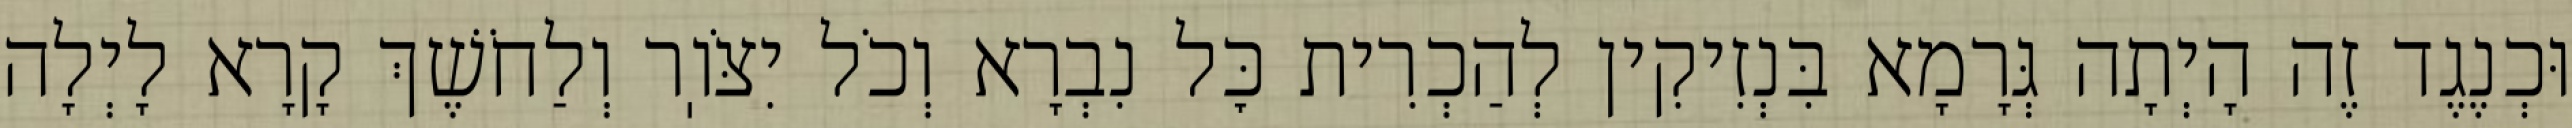
וּכְנֶגֶד זֶה הָיְתָה גְּרָמָא בִּנְזִיקִין לְהַכְרִית כׇּל נִבְרָא וְכֹל יִצֹּוֽר וְלַחֹשֶׁךְ קָרָא לָיְלָה